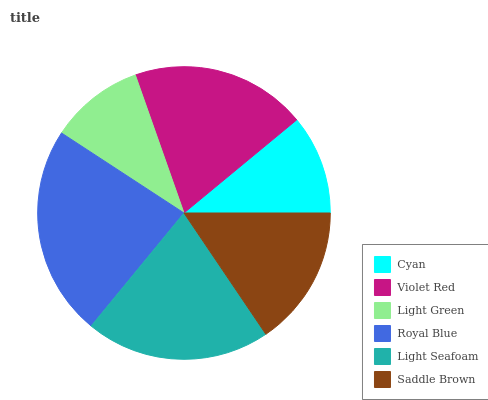
| Cyan | Violet Red | Light Green | Royal Blue | Light Seafoam | Saddle Brown |
 | --- | --- | --- | --- | --- | --- |
 | 11% | 19.4% | 10.4% | 23.2% | 20.4% | 15.6% |